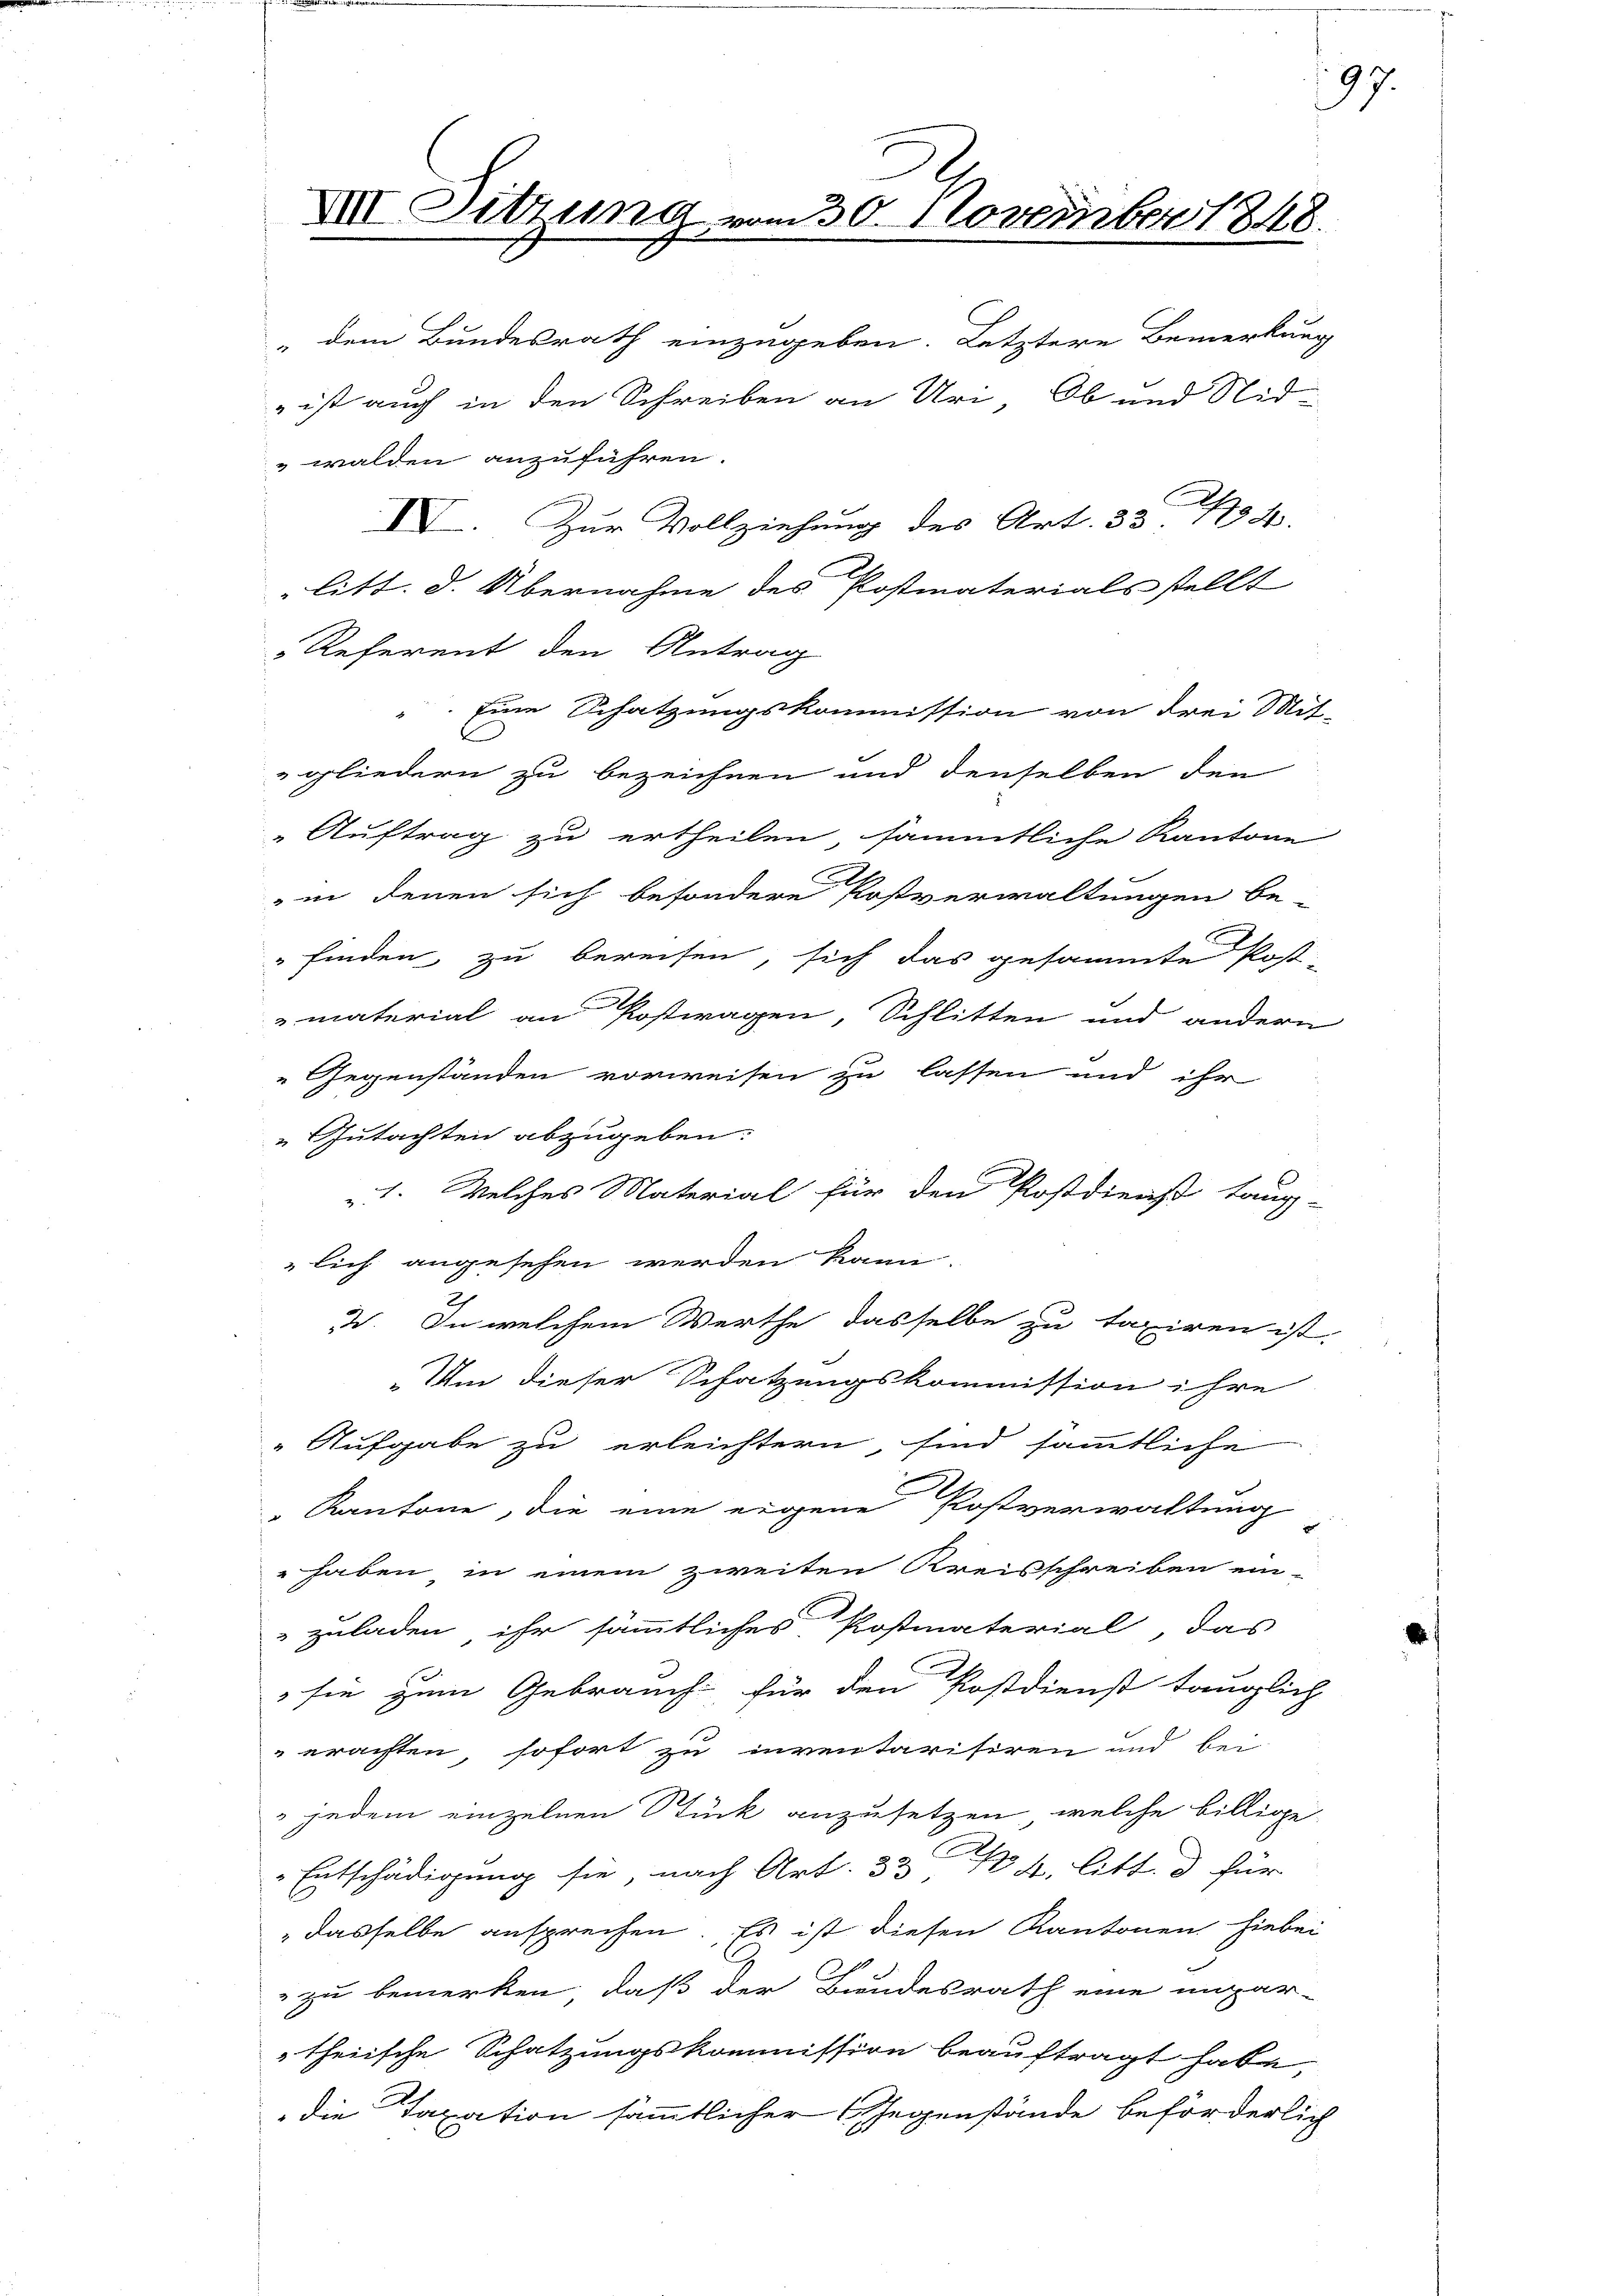
„dem Bundesrath einzugeben. Letztere Bemerkung
walden anzuführen.
VV. Zur Vollziehung des Art. 33. 134.
litt. d. Übernahme des Postmaterials stellt
 Referent den Antrag
Eine Schatzungskommission von drei Mit-
t
gliedern zu bezeichnen und denselben den
Auftrag zu ertheilen sämmtliche Kantone
in denen sich besondere Postverwaltungen be-
 finden zu bereisen, sich das gesammte Post-
material an Postwagen Schlitten und andern
 Gegenständen vorweisen zu lassen und ihr
„Gutachten abzugeben:
1. Welches Material für den Postdienst taug-
lich angesehen werden kann.
3. In welchem Werthe dasselbe zu taxiren ist.
„Um dieser Schatzungskommission ihre
" Aufgabe zu erleichtern, sind sämmtliche
" Kantone, die eine eigene Postverwaltung
" haben in einem zweiten Kreisschreiben ein-
zuladen, ihr sämmtliches Postmaterial das
sie zum Gebrauch für den Postdienst tauglich
erachten sofort zu inventarisiren und bei
 jedem einzelnen Stück anzusetzen, welche billige
Entschädigung sie, nach Art. 33 n 4. litt. d für
„dasselbe ansprechen. Es ist diesen Kantonen hiebei
" zu bemerken, daß der Bundesrath eine unpar-
theiische Schatzungskommission beauftragt habe,
die Taxation sämmtlicher Gegenstände beförderlich

XII. Sitzung vom 30. November 1848.

ist auch in den Schreiben an Uri, Ob und Nid¬

97.